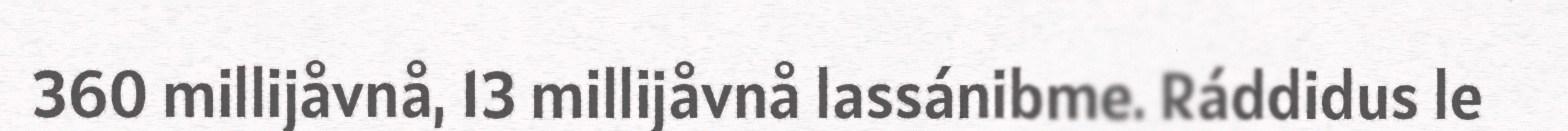
360 millijåvnå, 13 millijåvnå lassánibme. Ráddidus le